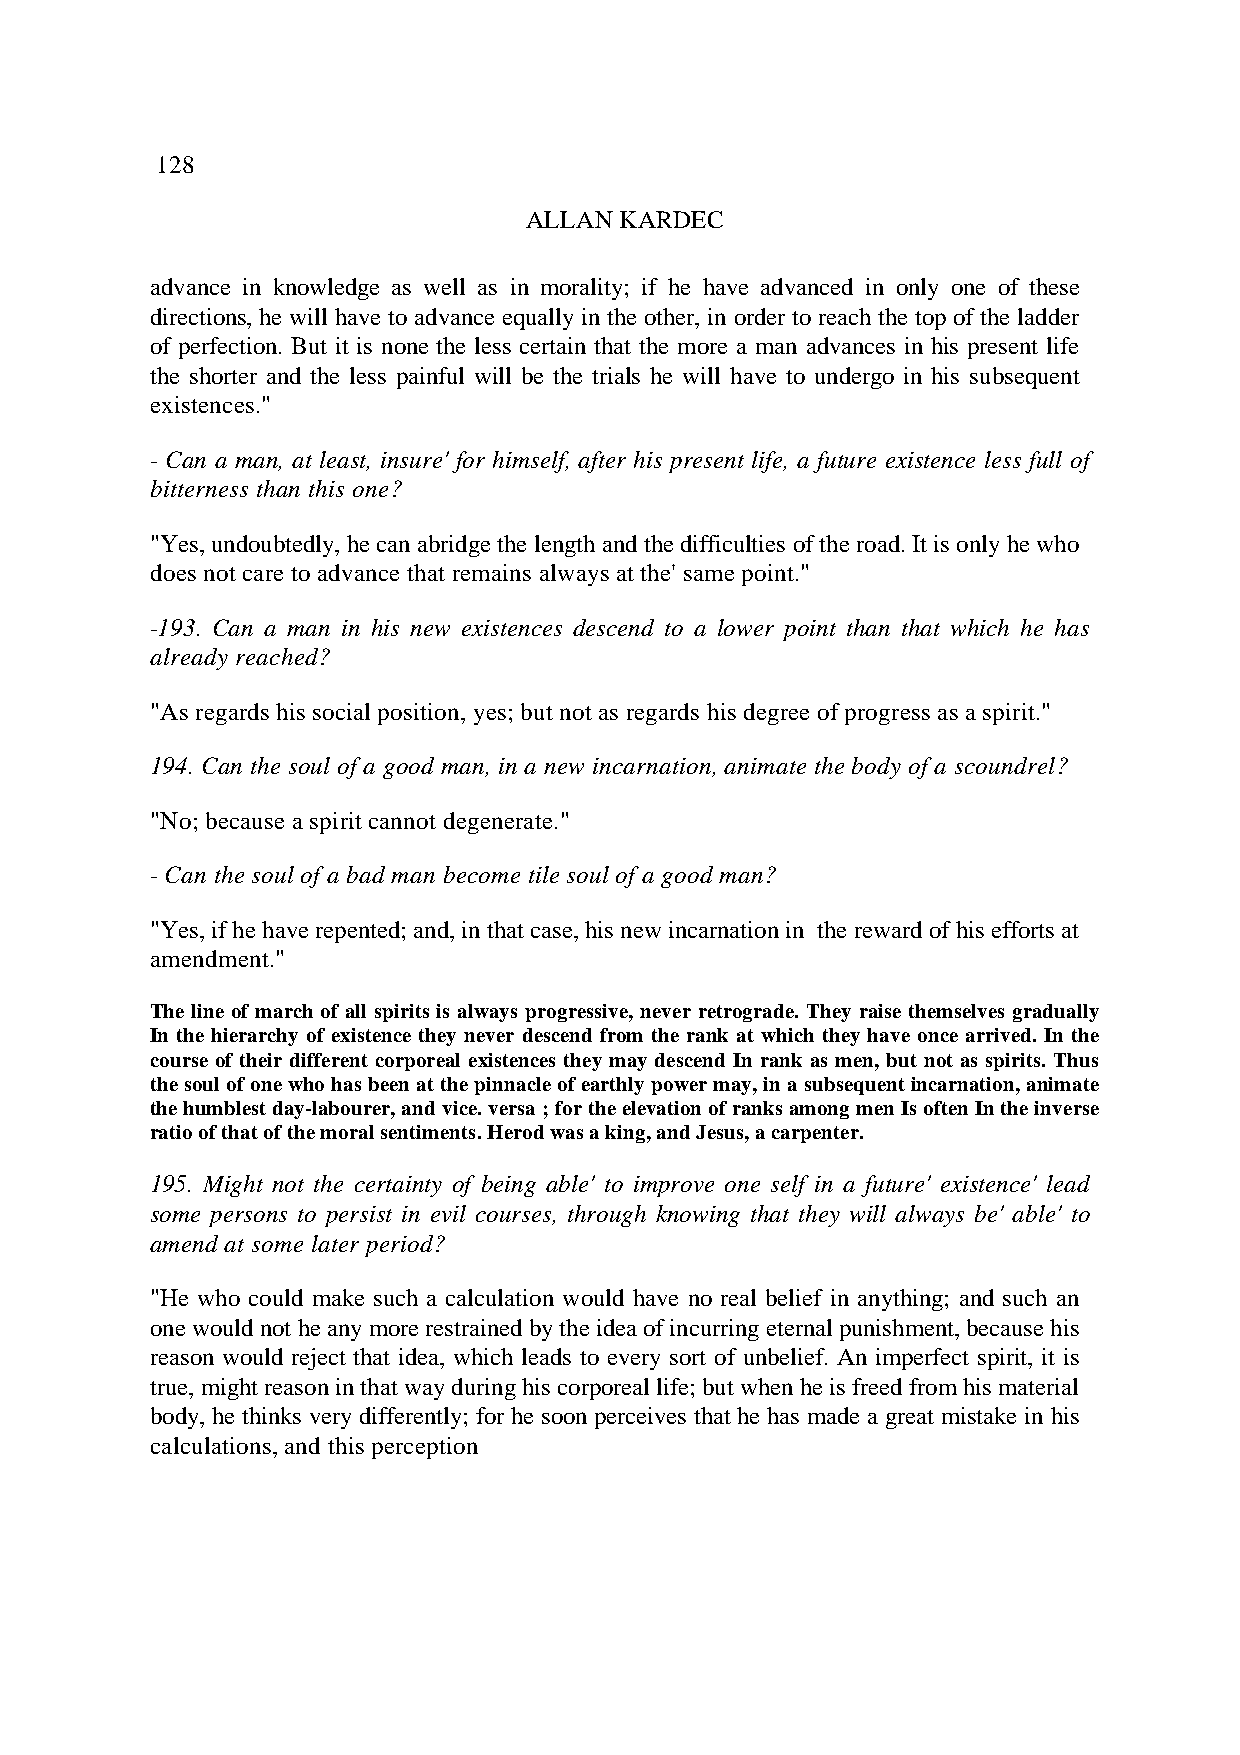
128
 ALLAN KARDEC
 advance in knowledge as well as in morality; if he have advanced in only one of these
 directions, he will have to advance equally in the other, in order to reach the top of the ladder
 of perfection. But it is none the less certain that the more a man advances in his present life
 the shorter and the less painful will be the trials he will have to undergo in his subsequent
 existences."
 - Can a man, at least, insure' for himself, after his present life, a future existence less full of
 bitterness than this one?
 "Yes, undoubtedly, he can abridge the length and the difficulties of the road. It is only he who
 does not care to advance that remains always at the' same point."
 -193. Can a man in his new existences descend to a lower point than that which he has
 already reached?
 "As regards his social position, yes; but not as regards his degree of progress as a spirit."
 194. Can the soul of a good man, in a new incarnation, animate the body of a scoundrel?
 "No; because a spirit cannot degenerate."
 - Can the soul of a bad man become tile soul of a good man?
 "Yes, if he have repented; and, in that case, his new incarnation in the reward of his efforts at
 amendment."
 The line of march of all spirits is always progressive, never retrograde. They raise themselves gradually
 In the hierarchy of existence they never descend from the rank at which they have once arrived. In the
 course of their different corporeal existences they may descend In rank as men, but not as spirits. Thus
 the soul of one who has been at the pinnacle of earthly power may, in a subsequent incarnation, animate
 the humblest day-labourer, and vice. versa ; for the elevation of ranks among men Is often In the inverse
 ratio of that of the moral sentiments. Herod was a king, and Jesus, a carpenter.
 195. Might not the certainty of being able' to improve one self in a future' existence' lead
 some persons to persist in evil courses, through knowing that they will always be' able' to
 amend at some later period?
 "He who could make such a calculation would have no real belief in anything; and such an
 one would not he any more restrained by the idea of incurring eternal punishment, because his
 reason would reject that idea, which leads to every sort of unbelief. An imperfect spirit, it is
 true, might reason in that way during his corporeal life; but when he is freed from his material
 body, he thinks very differently; for he soon perceives that he has made a great mistake in his
 calculations, and this perception